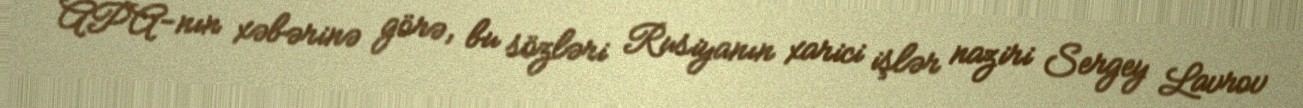
APA-nın xəbərinə görə, bu sözləri Rusiyanın xarici işlər naziri Sergey Lavrov